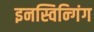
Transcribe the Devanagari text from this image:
इनस्विन्गिंग